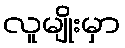
လူမျိုးမှာ